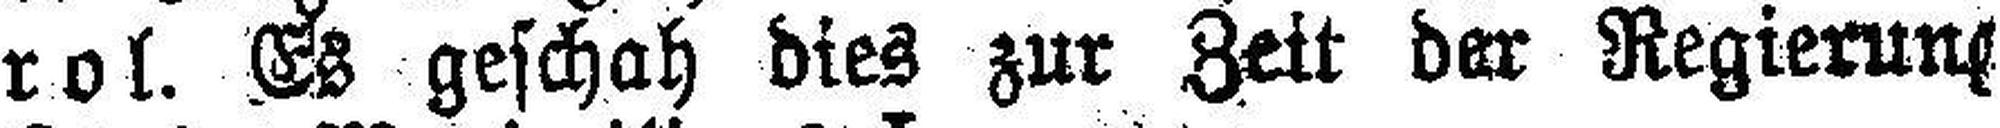
rol. Es geschah dies zur Zeit der Regierung